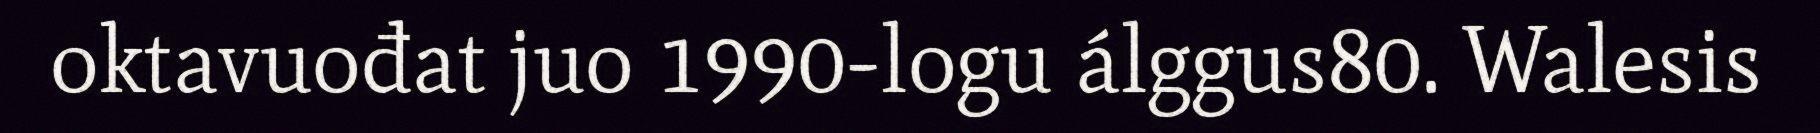
oktavuođat juo 1990-logu álggus80. Walesis